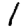
Digit: 1